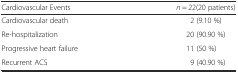
| Cardiovascular Events | n = 22(20 patients) |
 | --- | --- |
 | Cardiovascular death | 2 (9.10 %) |
 | Re-hospitalization | 20 (90.90 %) |
 | Progressive heart failure | 11 (50 %) |
 | Recurrent ACS | 9 (40.90 %) |